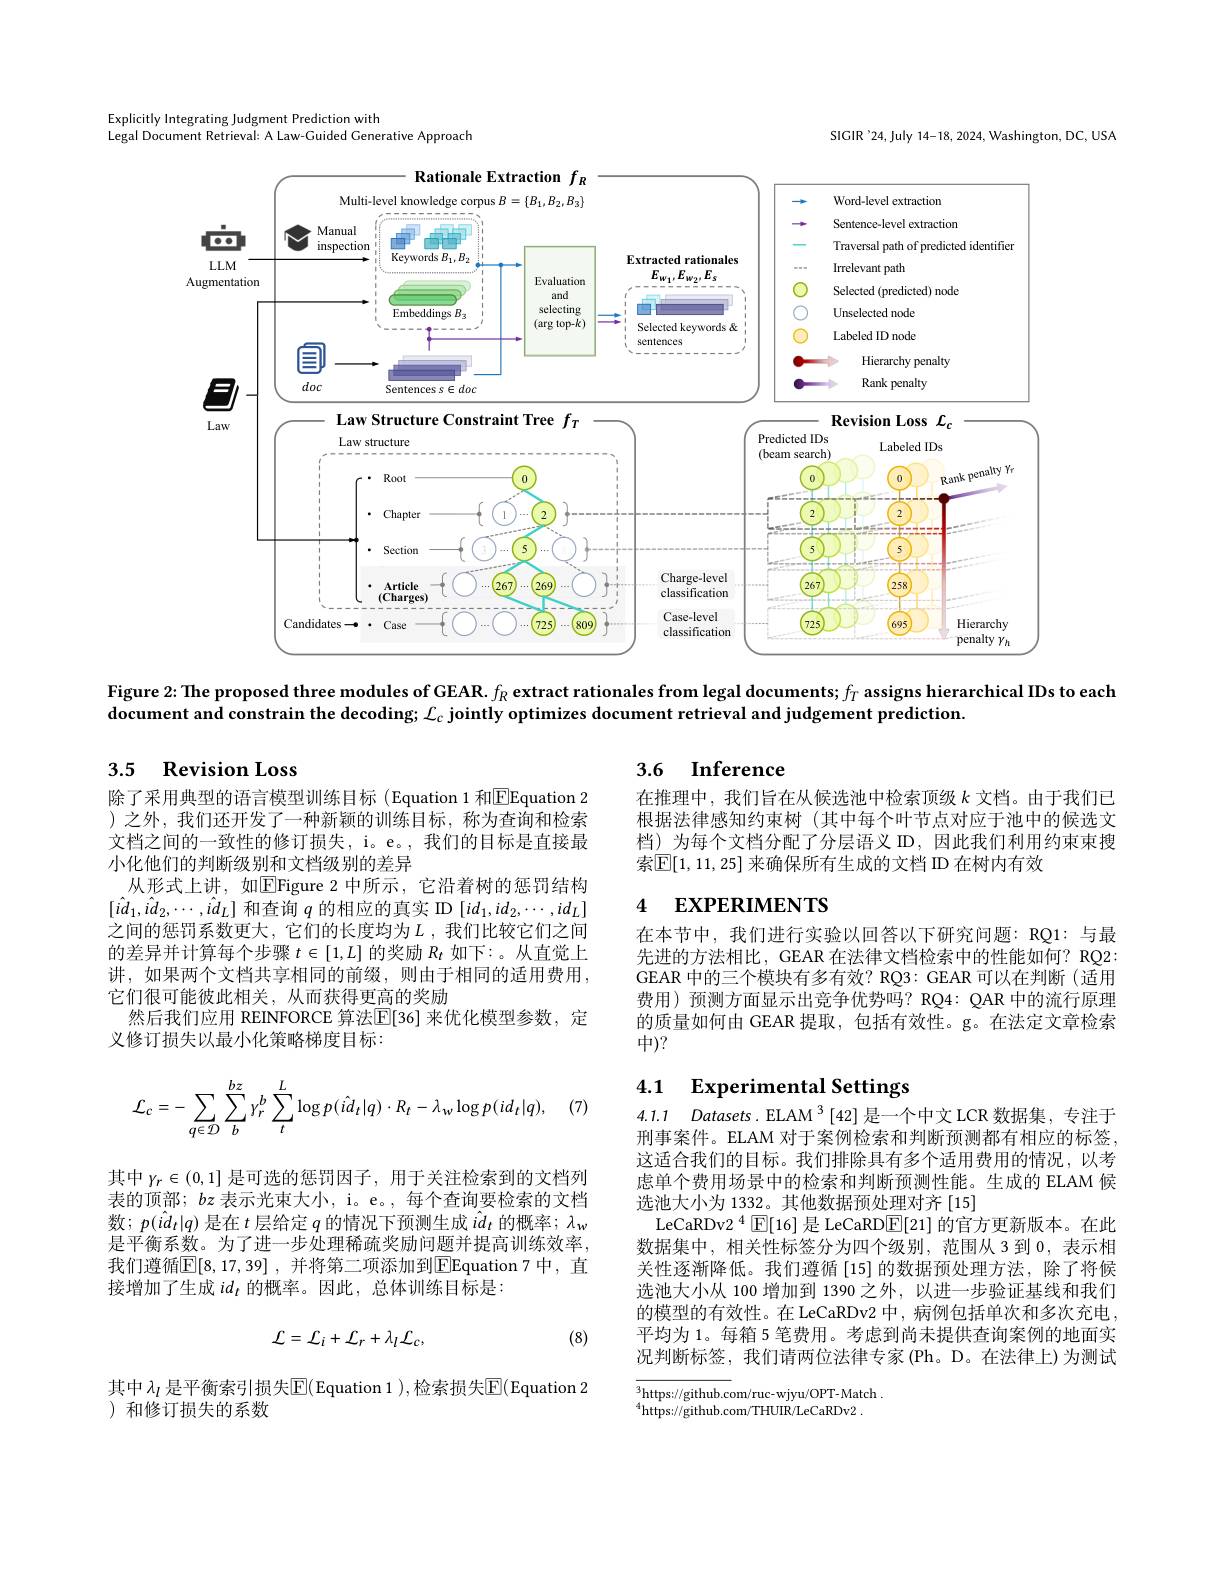
Explicitly Integrating Judgment Prediction with
Legal Document Retrieval: A Law-Guided Generative Approach

SIGIR'24,July 14-18, 2024, Washington, DC, USA

<FigureHere>

Figure 2: The proposed three modules of GEAR. $f_R\textbf{ extract rationales from legal documents; }f_T$ assigns hierarchical IDs to each

document and constrain the decoding; $\mathcal{L}_c$ jointly optimizes document retrieval and judgement prediction.

### 3.5 $\textbf{Revision Loss}$

## 3.6 Inference

在推理中，我们旨在从候选池中检索顶级$k$ 文档。由于我们已根据法律感知约束树 (其中每个叶节点对应于池中的候选文档)为每个文档分配了分层语义 ID,因此我们利用约束束搜索$\boxed{\mathbb{E}}[1,11,25]$ 来确保所有生成的文档 ID 在树内有效

## 4 EXPERIMENTS

除了采用典型的语言模型训练目标 (Equation 1 和$\overline{\mathrm{E}}$Equation 2 )之外，我们还开发了一种新颖的训练目标，称为查询和检索文档之间的一致性的修订损失，i。e。, 我们的目标是直接最小化他们的判断级别和文档级别的差异
从形式上讲，如$\overline\text{EFigure 2中所示，它沿着树的惩罚结构}$ $[i\hat{d}_{1},i\hat{d}_{2},\cdots,i\hat{d}_{L}]$和查询$q$的相应的真实 ID $[id_1,id_{2},\cdots,id_{L}]$ 之间的惩罚系数更大，它们的长度均为$L$ ,我们比较它们之间的差异并计算每个步骤$t\in[1,L]$的奖励$R_t$如下：。从直觉上讲，如果两个文档共享相同的前缀，则由于相同的适用费用， 它们很可能彼此相关，从而获得更高的奖励
然后我们应用 REINFORCE 算法$\overline{\mathbb{F}}[36]$ 来优化模型参数，定
义修订损失以最小化策略梯度目标：

在本节中，我们进行实验以回答以下研究问题：RQ1:与最先进的方法相比，GEAR 在法律文档检索中的性能如何？RQ2: GEAR 中的三个模块有多有效？RQ3: GEAR 可以在判断(适用费用)预测方面显示出竞争优势吗？RQ4: QAR 中的流行原理的质量如何由 GEAR 提取，包括有效性。g。在法定文章检索中)?

## 4.1 $\textbf{Experimental Settings}$

(7)
$$\mathcal{L}_{c}=-\sum_{q\in\mathcal{D}}\sum_{b}^{bz}\gamma_{r}^{b}\sum_{t}^{L}\log p(\hat{id}_{t}|q)\cdot R_{t}-\lambda_{w}\log p(id_{t}|q),$$
其中$\gamma_r\in(0,1]$是可选的惩罚因子，用于关注检索到的文档列表的顶部；$bz$表示光束大小，i。e。, 每个查询要检索的文档数；$p(id_t|q)$是在$t$层给定$q$的情况下预测生成$\hat{i}d_t$的概率；$\lambda_w$ 是平衡系数。为了进一步处理稀疏奖励问题并提高训练效率， 我们遵循$\boxed{\mathbb{E} }[ 8, 17, 39]$ , 并将第二项添加到$\boxed{\mathbb{E}}$Equation 7 中，直接增加了生成$id_t$的概率。因此，总体训练目标是：

4.1.1 $Datasets. \mathrm{ELAM}^3[ 42]$是一个中文 LCR 数据集，专注于刑事案件。ELAM 对于案例检索和判断预测都有相应的标签， 这适合我们的目标。我们排除具有多个适用费用的情况，以考虑单个费用场景中的检索和判断预测性能。生成的 ELAM 候选池大小为 1332。其他数据预处理对齐 [15]
LeCaRDv2$^{4}$E[16]是 LeCaRD$\overline{\mathrm{E}}[21]$的官方更新版本。在此数据集中，相关性标签分为四个级别，范围从 3 到0，表示相关性逐渐降低。我们遵循[15]的数据预处理方法，除了将候选池大小从 100 增加到 1390 之外，以进一步验证基线和我们的模型的有效性。在 LeCaRDv2 中，病例包括单次和多次充电， 平均为 1。每箱 5 笔费用。考虑到尚未提供查询案例的地面实况判断标签，我们请两位法律专家(Ph。D。在法律上)为测试

(8)
$$\mathcal{L}=\mathcal{L}_{i}+\mathcal{L}_{r}+\lambda_{l}\mathcal{L}_{c},$$
其中 $\lambda_l$ 是平衡索引损失$\mathbb{E}($Equation 1 ),检索损失$\mathbb{E}($Equation 2
)和修订损失的系数

$^{3}$https://github.com/ruc-wjyu/OPT-Match.
$^{4}$https://github.com/THUIR/LeCaRDv2.